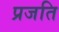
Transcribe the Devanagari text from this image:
प्रजति